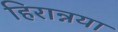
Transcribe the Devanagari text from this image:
हिरान्नया